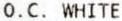
O.C. WHITE